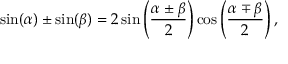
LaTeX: \sin ( \alpha ) \pm \sin ( \beta ) = 2 \sin \left( { \frac { \alpha \pm \beta } { 2 } } \right) \cos \left( { \frac { \alpha \mp \beta } { 2 } } \right) ,